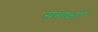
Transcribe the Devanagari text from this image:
समाक्षाएँ